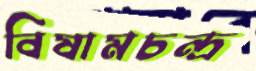
বিষামচন্দ্র